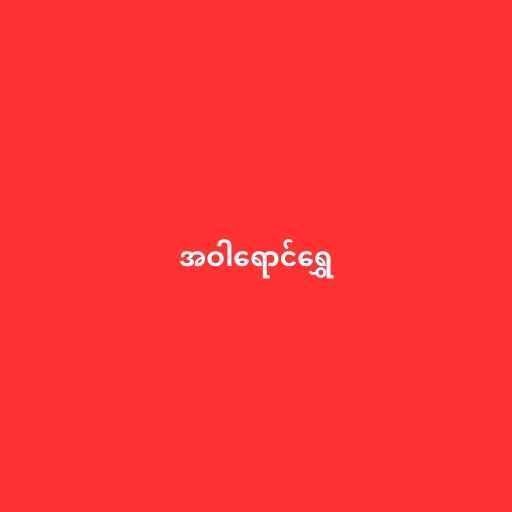
အဝါရောင်ရွှေ